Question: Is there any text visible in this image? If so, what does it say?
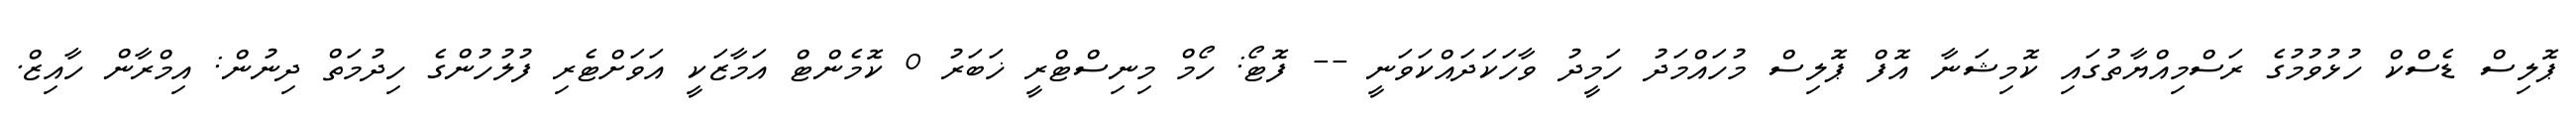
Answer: ޕޮލިސް ޑެސްކް ހުޅުވުމުގެ ރަސްމިއްޔާތުގައި ކޮމިޝަނާ އޮފް ޕޮލިސް މުހައްމަދު ހަމީދު ވާހަކަދައްކަވަނީ -- ފޮޓޯ: ހޯމް މިނިސްޓްރީ ޚަބަރު 0 ކޮމެންޓް އަމާޒަކީ އަވަށްޓެރި ފުލުހުންގެ ހިދުމަތް ދިނުން: އިމްރާން ހާއިޒް.